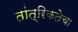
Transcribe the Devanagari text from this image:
तांत्रिकतेचा